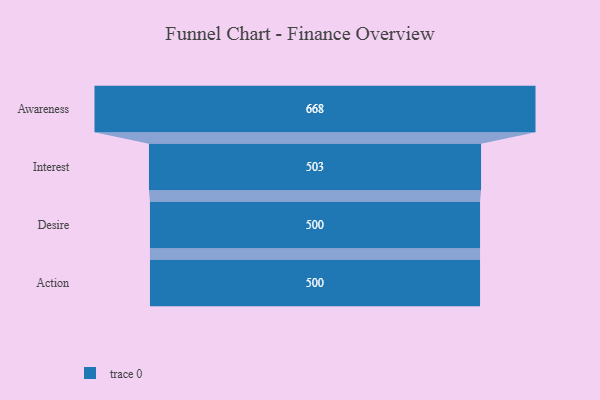
{"axis": {"x": "Stage", "y": "Value"}, "legend": [""], "data": [{"x": "Awareness", "y": 668.0, "type": ""}, {"x": "Interest", "y": 503.0, "type": ""}, {"x": "Desire", "y": 500, "type": ""}, {"x": "Action", "y": 500, "type": ""}]}